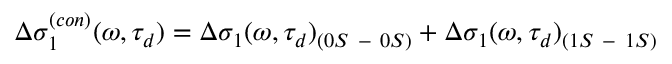
\Delta \sigma _ { 1 } ^ { ( c o n ) } ( \omega , \tau _ { d } ) = \Delta \sigma _ { 1 } ( \omega , \tau _ { d } ) _ { ( 0 S \mathrm { ~ - ~ } 0 S ) } + \Delta \sigma _ { 1 } ( \omega , \tau _ { d } ) _ { ( 1 S \mathrm { ~ - ~ } 1 S ) }